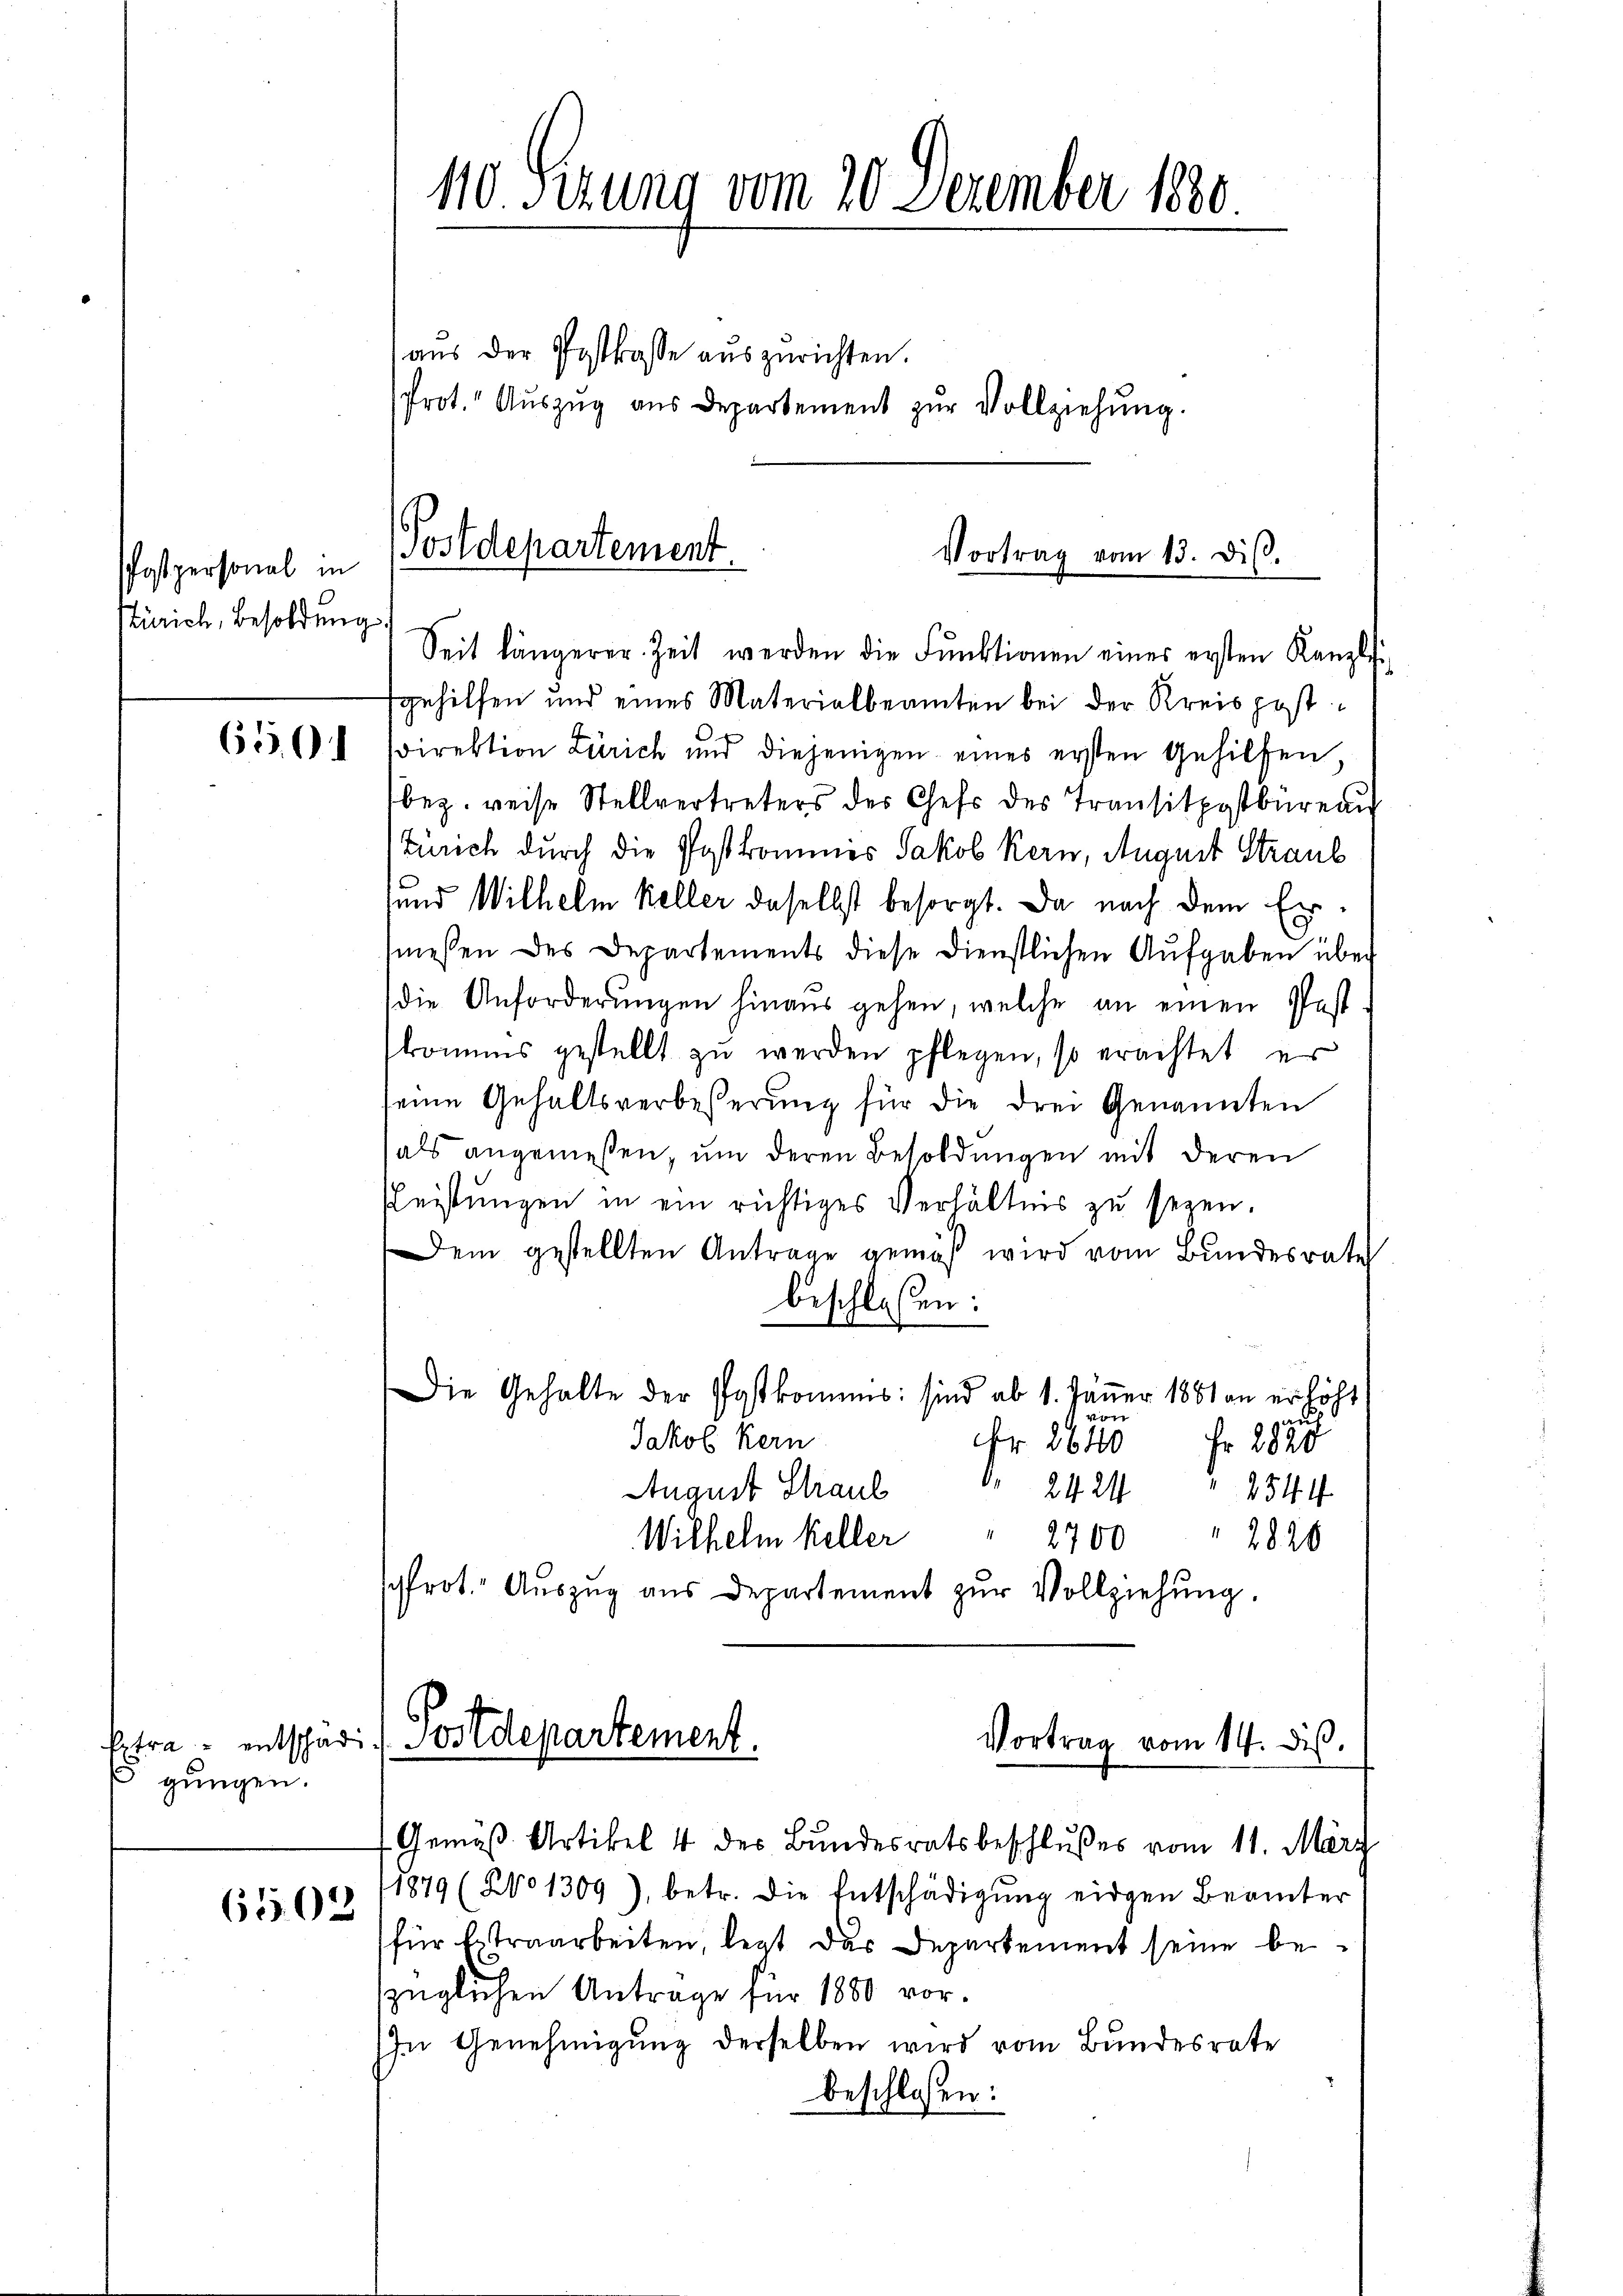
Postpersonal in
Zürich, Besoldung

650

gungen.

6502

Seit längerer Zeit werden die Fŭnktionen einer ersten Kanzlis
gehilfen und eines Materialbeamten bei der Kreispost
Direktion Zürich und diejenigen eines ersten Gehilfen
bez. reise Stellvertreters des Chefs des Transitpostbüreau
Zürich durch die Postkommes Jakob Kern, August Straub
und Wilhelm Keller daselbst besorgt. Da nach dem Ermessen des Departements diese Dienstlichen Aufgaben über
die Anforderungen hinaus gehen, welche an einen Post
kommes gestellt zŭ werden pflegen, so erachtet er
seine Gehaltsverbesserung für die drei Genannten
als angemeßen, um deren Besoldungen mit deren
Fleistungen in ein richtiges Verhältnis zu seyen.
Dem gestellten Antrage gemäβ wird vom Bŭndesrate
beschlossen:
Die Gehalte der Postkommnis: sind ab 1. Jäṅer 1881 an erlöst
von
au
Jakob Kern
Fr 2640
Fr. 2820
August Straul
2424 2544
2700 " 2820
Wilhelm Keller
frot. Auszug aus Departement zur Vollziehung.

110. Sizung vom 20. Dezember 1880.

aus der Postkasse auszurichten.
Prot. Aŭszŭg aŭs Departement zŭr Vollziehŭng.

Postdepartement.
Vortrag vom 13. diβ.

Extra entscharis Postdepartement.
Vortrag vom 14. ds.
Gemäβ Artikel 4 des Bŭndesratsbeschlußes vom 11. März

1879 (No 1309), betr. die Entschädigŭng eingen Beamter
für Extraarbeiten, legt das Departement seine bezüglichen Antrage für 1880 vor
In Genehmigŭng derselben wird vom Bundesrate
beschlossen: